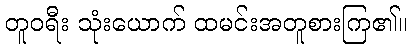
တူဝရီး သုံးယောက် ထမင်းအတူစားကြ၏။